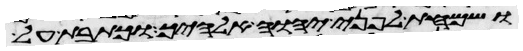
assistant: ושמחת לפני יהוה אלהיך וכתבת על